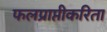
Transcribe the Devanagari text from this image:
फलप्राप्तीकरिता